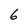
Character: 6